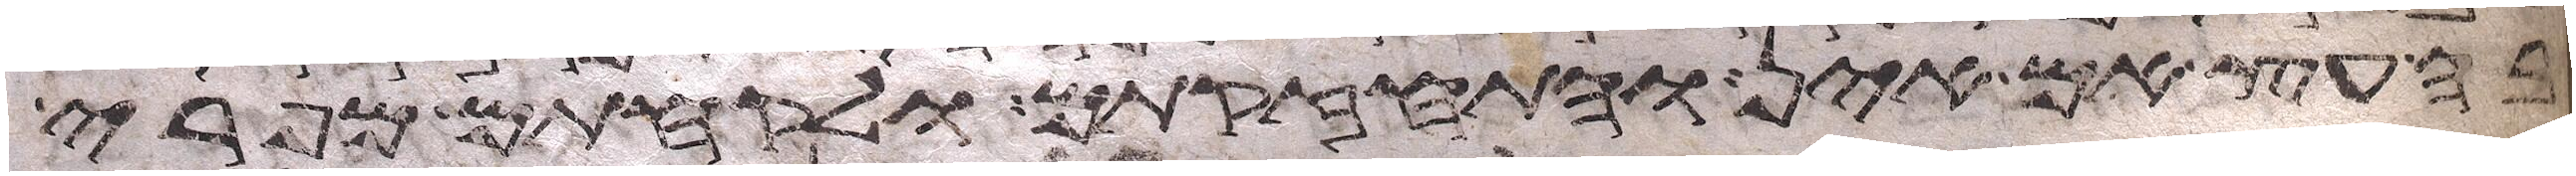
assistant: בה עץ אם אין והתחזקתם ולקחתם מפרי